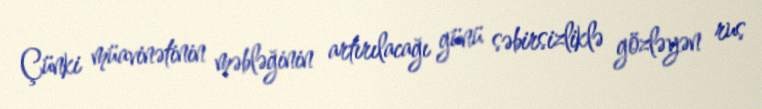
Çünki müavinətinin məbləğinin artırılacağı günü səbirsizliklə gözləyən rus